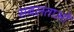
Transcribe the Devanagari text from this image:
सबलताओं